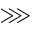
\ggg